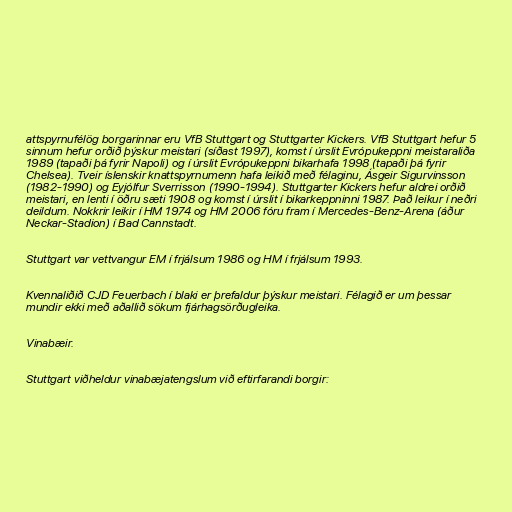
attspyrnufélög borgarinnar eru VfB Stuttgart og Stuttgarter Kickers. VfB Stuttgart hefur 5
sinnum hefur orðið þýskur meistari (síðast 1997), komst í úrslit Evrópukeppni meistaraliða
1989 (tapaði þá fyrir Napoli) og í úrslit Evrópukeppni bikarhafa 1998 (tapaði þá fyrir
Chelsea). Tveir íslenskir knattspyrnumenn hafa leikið með félaginu, Ásgeir Sigurvinsson
(1982-1990) og Eyjólfur Sverrisson (1990-1994). Stuttgarter Kickers hefur aldrei orðið
meistari, en lenti í öðru sæti 1908 og komst í úrslit í bikarkeppninni 1987. Það leikur í neðri
deildum. Nokkrir leikir í HM 1974 og HM 2006 fóru fram í Mercedes-Benz-Arena (áður
Neckar-Stadion) í Bad Cannstadt.

Stuttgart var vettvangur EM í frjálsum 1986 og HM í frjálsum 1993.

Kvennaliðið CJD Feuerbach í blaki er þrefaldur þýskur meistari. Félagið er um þessar
mundir ekki með aðallið sökum fjárhagsörðugleika.

Vinabæir.

Stuttgart viðheldur vinabæjatengslum við eftirfarandi borgir: